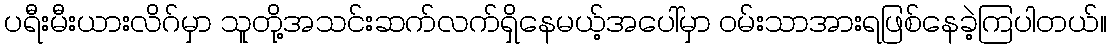
ပရီးမီးယားလိဂ်မှာ သူတို့အသင်းဆက်လက်ရှိနေမယ့်အပေါ်မှာ ဝမ်းသာအားရဖြစ်နေခဲ့ကြပါတယ်။